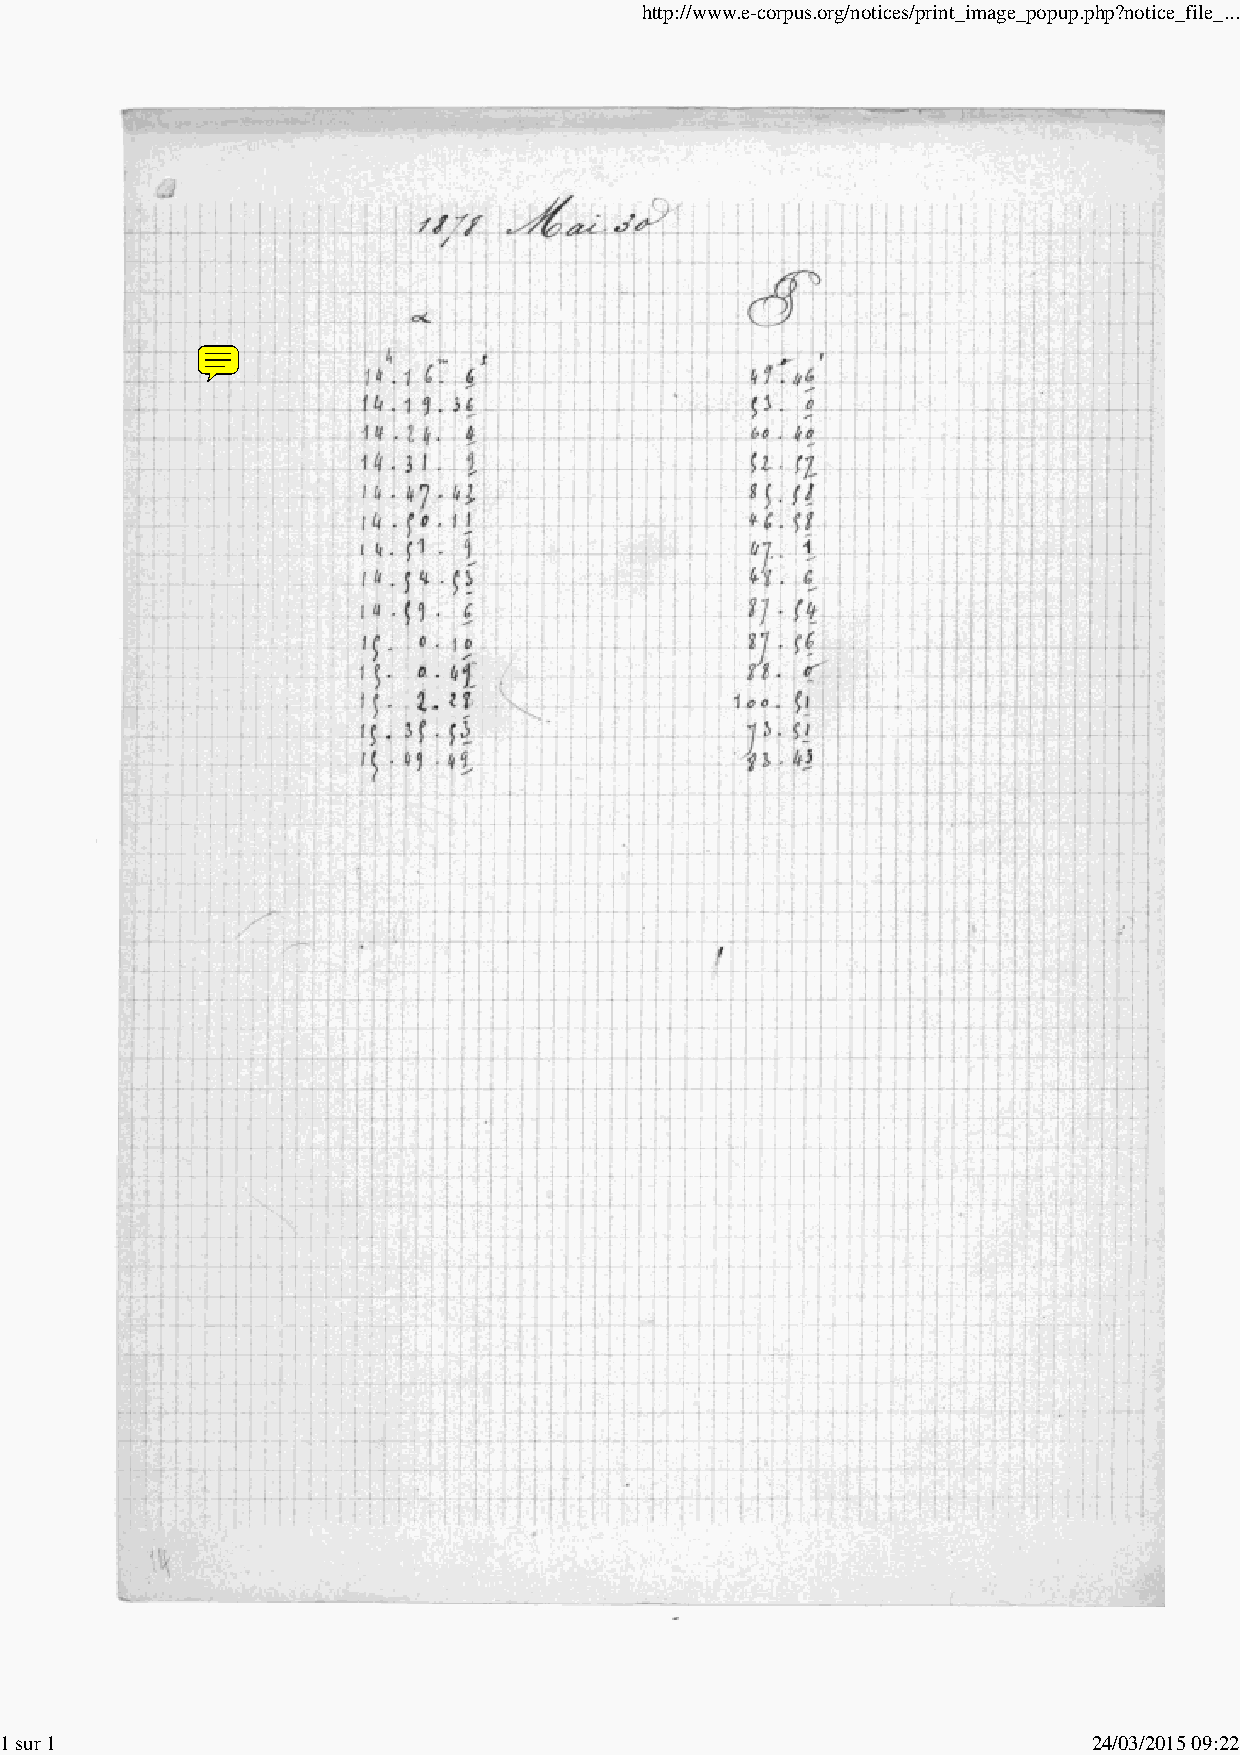
http://www.e-corpus.org/notices/print_image_popup.php?notice_file_...
 1 sur 1                                                                 24/03/2015 09:22